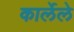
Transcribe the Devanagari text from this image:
कार्लेले